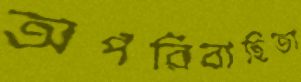
অপরিবাহিতা